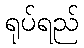
ရုပ်ရည်